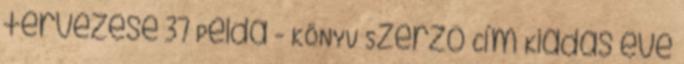
tervezése 37 Példa - KÖNYV Szerző Cím Kiadás éve